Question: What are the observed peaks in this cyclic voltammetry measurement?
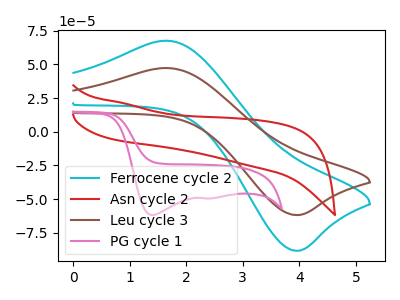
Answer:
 <answer>The cyan curve "Ferrocene cycle 2" has an anodic peak at (1.65V, 67.65uA) and a cathodic peak at (3.90V, -88.35uA). The red curve "Asn cycle 2" has no peaks. The brown curve "Leu cycle 3" has an anodic peak at (1.65V, 47.35uA) and a cathodic peak at (3.90V, -61.85uA). The pink curve "PG cycle 1" has cathodic peaks at (1.40V, -61.90uA) (2.45V, -49.55uA).</answer>
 <eval></eval>